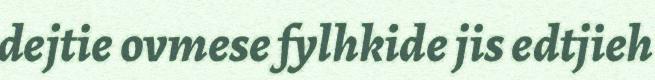
dejtie ovmese fylhkide jis edtjieh